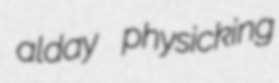
alday physicking